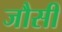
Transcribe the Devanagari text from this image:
जौसी